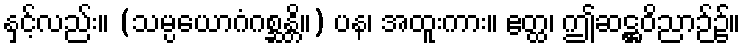
နှင့်လည်း။ (သမ္ပယောဂံဂစ္ဆန္တိ။) ပန၊ အထူးကား။ ဧတ္ထ၊ ဤဆဋ္ဌဝိညာဉ်၌။